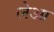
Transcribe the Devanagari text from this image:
लेआ